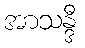
အာသန္ဒီ